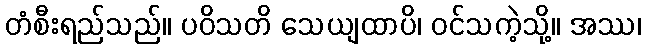
တံစီးရည်သည်။ ပဝိသတိ သေယျထာပိ၊ ဝင်သကဲ့သို့။ အဿ၊